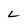
Character: L